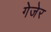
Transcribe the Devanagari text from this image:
गेजेर